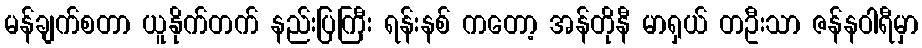
မန်ချက်စတာ ယူနိုက်တက် နည်းပြကြီး ရန်းနစ် ကတော့ အန်တိုနီ မာရှယ် တဦးသာ ဇန်နဝါရီမှာ